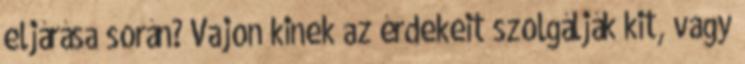
eljárása során? Vajon kinek az érdekeit szolgálják kit, vagy